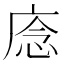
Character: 𢈸